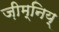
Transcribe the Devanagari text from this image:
ज़ीम्निय्